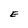
Character: E